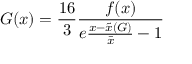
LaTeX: G ( x ) = \frac { 1 6 } { 3 } \frac { f ( x ) } { e \frac { x - \tilde { x } ( G ) } { \bar { x } } - 1 }